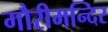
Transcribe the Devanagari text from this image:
गौरीमन्दिर